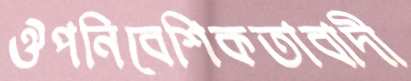
ঔপনিবেশিকতাবাদী